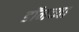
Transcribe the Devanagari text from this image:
डॉनच्या